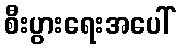
စီးပွားရေးအပေါ်